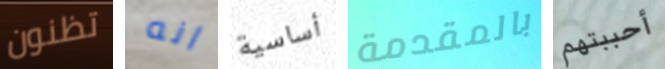
تظنون انه أساسية بالمقدمة أحببتهم